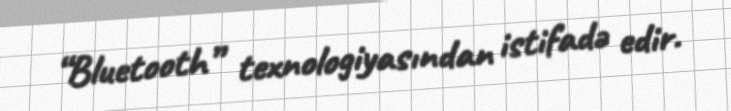
“Bluetooth” texnologiyasından istifadə edir.